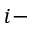
i -